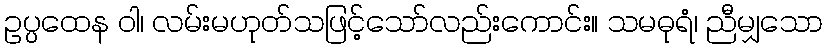
ဥပ္ပထေန ဝါ၊ လမ်းမဟုတ်သဖြင့်သော်လည်းကောင်း။ သမဓုရံ၊ ညီမျှသော